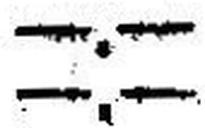
—.—